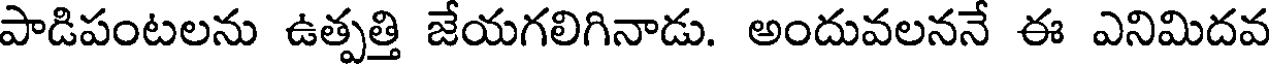
పాడిపంటలను ఉత్పత్తి జేయగలిగినాడు. అందువలననే ఈ ఎనిమిదవ